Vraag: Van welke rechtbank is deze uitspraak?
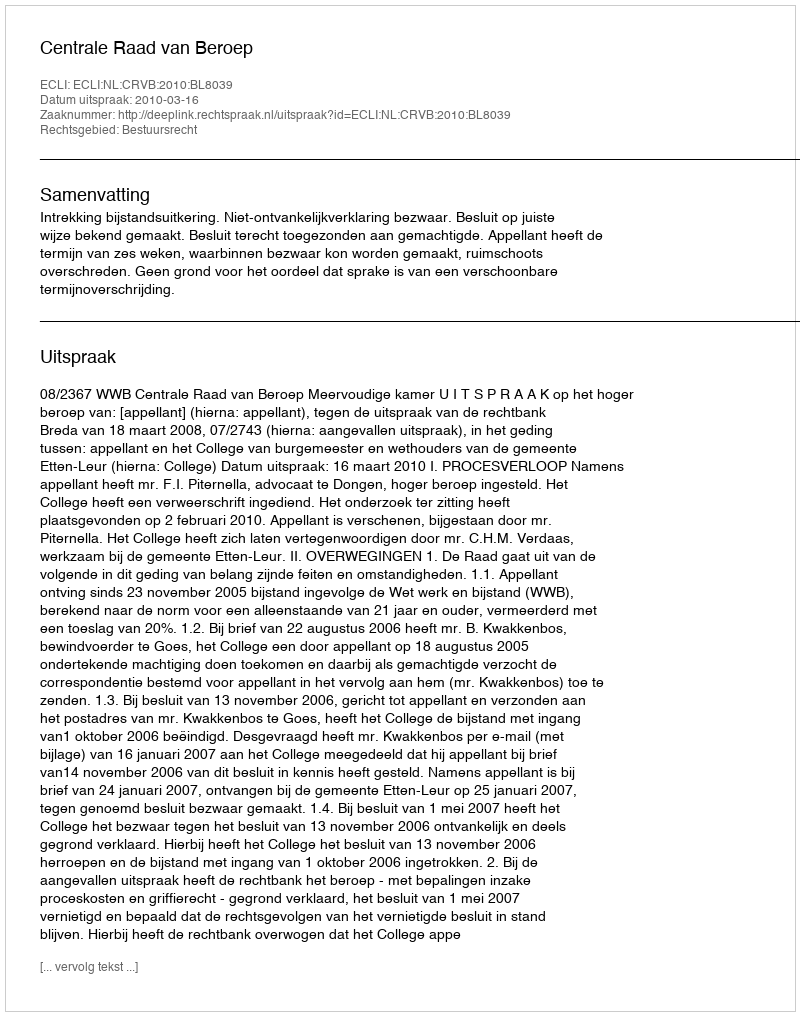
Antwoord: Centrale Raad van Beroep